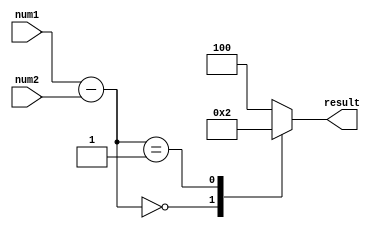
module unsigned_comparator(
    input [2:0] num1,
    input [2:0] num2,
    output [2:0] result
);

reg [3:0] diff;

always @ (num1 or num2) begin
    diff = num1 - num2;
    case(diff)
        3'b000: result = 3'b000; // equal
        3'b001: result = 3'b010; // greater than
        default: result = 3'b100; // less than
    endcase
end

endmodule